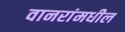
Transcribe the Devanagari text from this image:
वानरांमधील